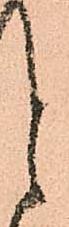
と